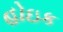
હોઇક